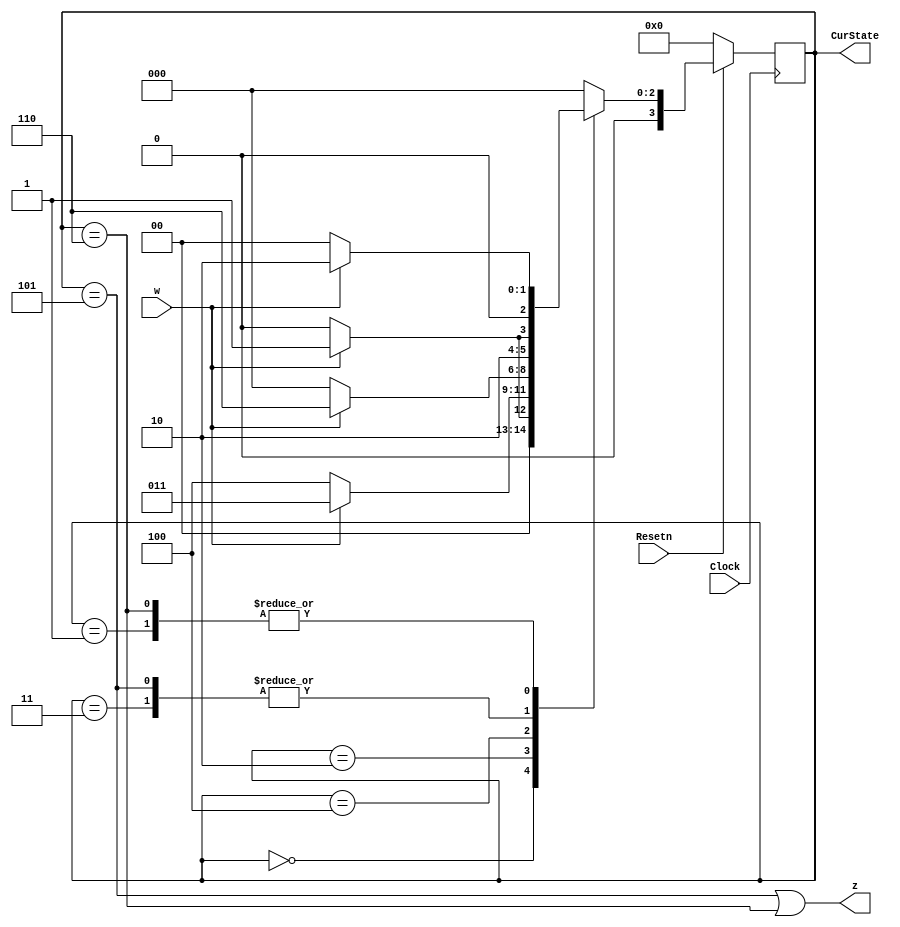
//SW[0] reset when 0
//SW[1] input signal

//KEY[0] Clock signal

//LEDR[3:0] displays current state
//LEDR[9] displays output

module part1(Clock, Resetn, w, z, CurState);
    input Clock;
    input Resetn;
    input w;
    output z;
    output [3:0] CurState;

    reg [3:0] y_Q, Y_D; // y_Q represents current state, Y_D represents next state

    localparam A = 4'b0000, B = 4'b0001, C = 4'b0010, D = 4'b0011, E = 4'b0100, F = 4'b0101, G = 4'b0110;


    //State table
    //The state table should only contain the logic for state transitions
    //Do not mix in any output logic. The output logic should be handled separately.
    //This will make it easier to read, modify and debug the code.
    always@(*)
    begin: state_table
        case (y_Q)
            A: begin
                   if (!w) Y_D = A;
                   else Y_D = B;
               end
            B: begin
                   if(!w) Y_D = A;
                   else Y_D = C;
               end
            C: begin
                   if(!w) Y_D = E;
                   else Y_D = D;
               end
            D: begin
                   if(!w) Y_D = E;
                   else Y_D = F;
               end
            E: begin
                   if(!w) Y_D = A;
                   else Y_D = G;
               end
            F: begin
                   if(!w) Y_D = E;
                   else Y_D = F;
               end
            G: begin
                   if(!w) Y_D = A;
                   else Y_D = C;
               end
            default: Y_D = A;
        endcase
    end // state_table

    // State Registers
    always @(posedge Clock)
    begin: state_FFs
        if(Resetn == 1'b0)
            y_Q <=  A; // Should set reset state to state A
        else
            y_Q <= Y_D;
    end // state_FFS

    // Output logic
    // Set z to 1 to turn on LED when in relevant states
    assign z = ((y_Q == F) | (y_Q == G));

    assign CurState = y_Q;
endmodule